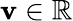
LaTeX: \mathbf{v}\in\mathbb{{R}}